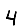
Digit: 4